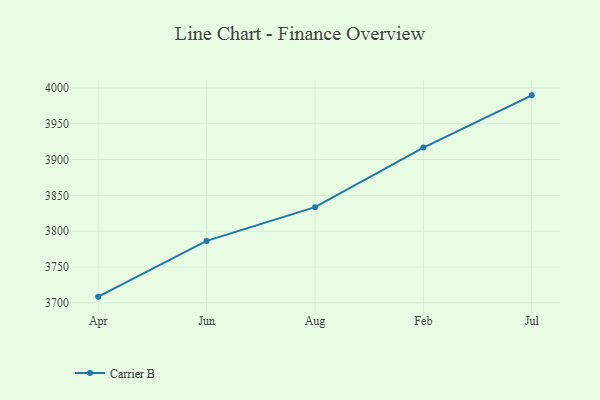
{"axis": {"x": "Month", "y": "Population (Million)"}, "legend": ["Carrier B"], "data": [{"x": "Apr", "y": 3708.7, "type": "Carrier B"}, {"x": "Jun", "y": 3786.5, "type": "Carrier B"}, {"x": "Aug", "y": 3833.6, "type": "Carrier B"}, {"x": "Feb", "y": 3916.8, "type": "Carrier B"}, {"x": "Jul", "y": 3989.6, "type": "Carrier B"}]}